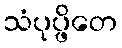
သံပုပ္ဖိတေ